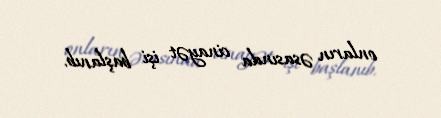
onların əsasında cinayət işi başlanıb.